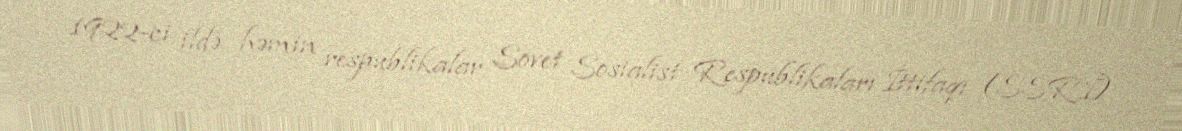
1922-ci ildə həmin respublikalar Sovet Sosialist Respublikaları İttifaqı (SSRİ)